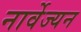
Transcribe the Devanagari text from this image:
नार्वेज्यन